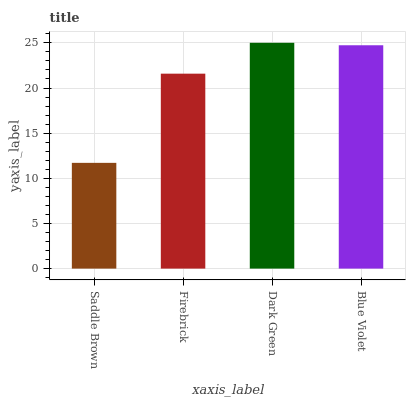
| xaxis_label | bars |
 | --- | --- |
 | Saddle Brown | 11.7 |
 | Firebrick | 21.6 |
 | Dark Green | 25 |
 | Blue Violet | 24.7 |